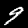
Label: 9